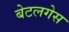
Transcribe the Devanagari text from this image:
बेटलगेस